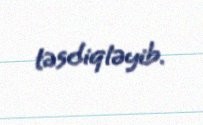
təsdiqləyib.